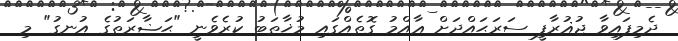
ދެމިފައިވާ ޖުޣުރާފީ ސަރަޙައްދަށް ޢާއްމު ގޮތެއްގައި މުޚާޠަބު ކުރެވެނީ "ޙަޟާރަތުގެ އުނގު" މި